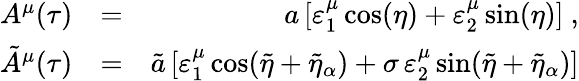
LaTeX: \begin{array}{rlr}{A^{\mu}(\tau)}&{=}&{a\, [\varepsilon_{1}^{\mu}\cos(\eta)+\varepsilon_{2}^{\mu}\sin(\eta)]\ ,}\\ {\tilde{A}^{\mu}(\tau)}&{=}&{\tilde{a}\, [\varepsilon_{1}^{\mu}\cos(\tilde{\eta}+\tilde{\eta}_{\alpha})+\sigma\, \varepsilon_{2}^{\mu}\sin(\tilde{\eta}+\tilde{\eta}_{\alpha})]}\end{array}